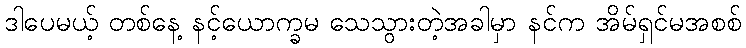
ဒါပေမယ့် တစ်နေ့ နင့်ယောက္ခမ သေသွားတဲ့အခါမှာ နင်က အိမ်ရှင်မအစစ်